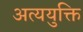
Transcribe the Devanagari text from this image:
अत्ययुक्ति